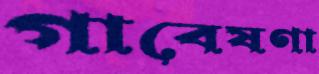
গাবেষণা